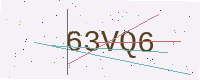
Text: 63VQ6